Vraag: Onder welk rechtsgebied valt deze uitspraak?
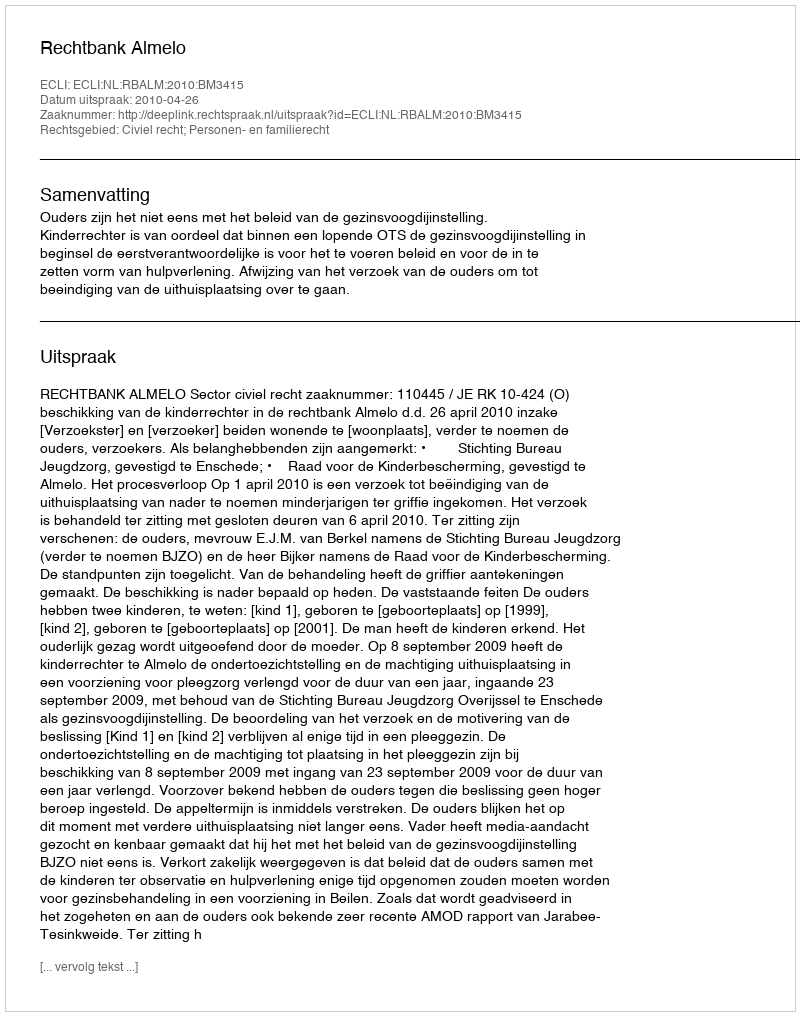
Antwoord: Civiel recht; Personen- en familierecht